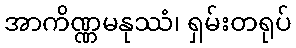
အာကိဏ္ဏမနုဿံ၊ ရှမ်းတရုပ်